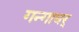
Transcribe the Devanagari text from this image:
गन्गाधर्